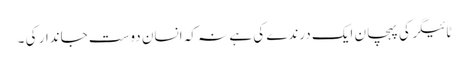
ٹائیگر کی پہچان ایک درندے کی ہے نہ کہ انسان دوست جاندار کی ۔